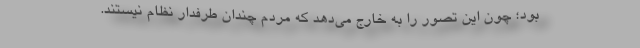
بود؛ چون این تصور را به خارج می‌دهد که مردم چندان طرفدار نظام نیستند.